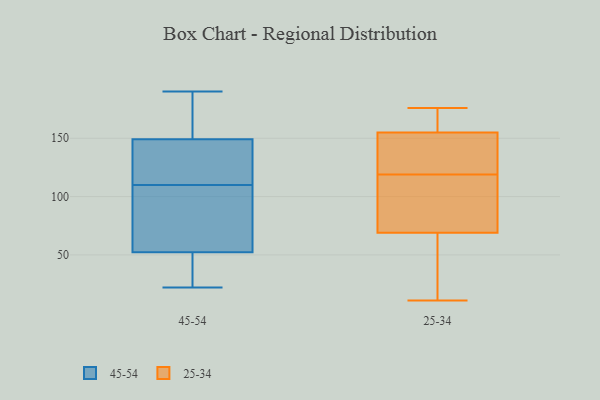
{"axis": {"x": "Demand Index", "y": "Value"}, "legend": ["25-34", "45-54"], "data": [{"x": "", "y": 110, "type": "45-54"}, {"x": "", "y": 154, "type": "45-54"}, {"x": "", "y": 22, "type": "45-54"}, {"x": "", "y": 99, "type": "45-54"}, {"x": "", "y": 109, "type": "45-54"}, {"x": "", "y": 183, "type": "45-54"}, {"x": "", "y": 125, "type": "45-54"}, {"x": "", "y": 98, "type": "45-54"}, {"x": "", "y": 160, "type": "45-54"}, {"x": "", "y": 135, "type": "45-54"}, {"x": "", "y": 131, "type": "45-54"}, {"x": "", "y": 29, "type": "45-54"}, {"x": "", "y": 36, "type": "45-54"}, {"x": "", "y": 28, "type": "45-54"}, {"x": "", "y": 122, "type": "45-54"}, {"x": "", "y": 190, "type": "45-54"}, {"x": "", "y": 53, "type": "45-54"}, {"x": "", "y": 52, "type": "45-54"}, {"x": "", "y": 172, "type": "45-54"}, {"x": "", "y": 69, "type": "25-34"}, {"x": "", "y": 103, "type": "25-34"}, {"x": "", "y": 122, "type": "25-34"}, {"x": "", "y": 11, "type": "25-34"}, {"x": "", "y": 155, "type": "25-34"}, {"x": "", "y": 114, "type": "25-34"}, {"x": "", "y": 118, "type": "25-34"}, {"x": "", "y": 148, "type": "25-34"}, {"x": "", "y": 47, "type": "25-34"}, {"x": "", "y": 161, "type": "25-34"}, {"x": "", "y": 120, "type": "25-34"}, {"x": "", "y": 133, "type": "25-34"}, {"x": "", "y": 176, "type": "25-34"}, {"x": "", "y": 159, "type": "25-34"}, {"x": "", "y": 155, "type": "25-34"}, {"x": "", "y": 63, "type": "25-34"}, {"x": "", "y": 115, "type": "25-34"}, {"x": "", "y": 33, "type": "25-34"}]}